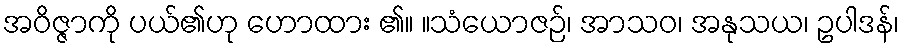
အဝိဇ္ဇာကို ပယ်၏ဟု ဟောထား ၏။ ။သံယောဇဉ်၊ အာသဝ၊ အနုသယ၊ ဥပါဒန်၊